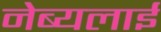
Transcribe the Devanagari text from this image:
नेब्यलाई